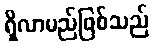
ရှိလာမည်ဖြစ်သည်